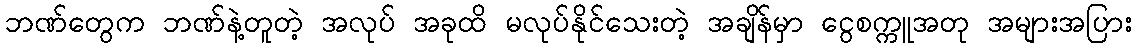
ဘဏ်တွေက ဘဏ်နဲ့တူတဲ့ အလုပ် အခုထိ မလုပ်နိုင်သေးတဲ့ အချိန်မှာ ငွေစက္ကူအတု အများအပြား